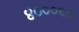
૪૦૦૦૬૭